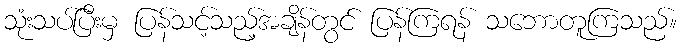
သုံးသပ်ပြီးမှ ပြန်သင့်သည့်အချိန်တွင် ပြန်ကြရန် သဘောတူကြသည်။